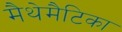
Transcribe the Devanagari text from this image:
मैथेमैटिका